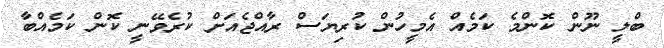
ބްލީ ނޫން ކޮންމެ ކަމެއް އެމީހުން ކުރިޔަސް ރާއްޖެއަށް ކުރެވޭނީ ކޮން ކަމެއްބާ